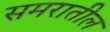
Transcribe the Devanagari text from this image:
समरातील